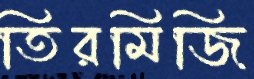
তিরমিজি